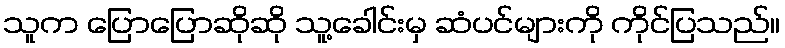
သူက ပြောပြောဆိုဆို သူ့ခေါင်းမှ ဆံပင်များကို ကိုင်ပြသည်။